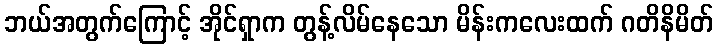
ဘယ်အတွက်ကြောင့် အိုင်ရှာက တွန့်လိမ်နေသော မိန်းကလေးထက် ဂတိနိမိတ်